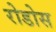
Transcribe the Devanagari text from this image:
रोडोस